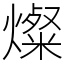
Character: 燦